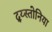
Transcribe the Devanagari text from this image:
द्य्स्तोनिया